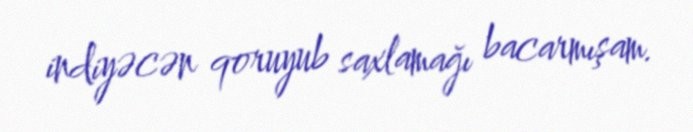
indiyəcən qoruyub saxlamağı bacarmışam.